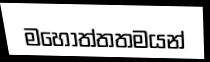
මහෝත්තතමයන්